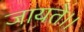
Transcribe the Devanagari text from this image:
जायते।।